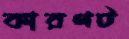
কারণট